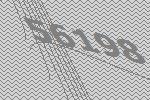
56198